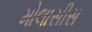
મોલાસીસ